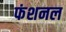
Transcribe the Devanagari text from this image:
फंशनल